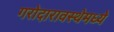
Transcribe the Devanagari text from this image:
गरोदारावस्थेमध्ये